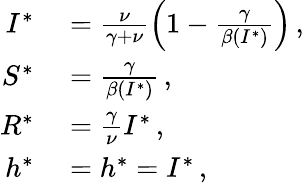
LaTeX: \begin{array}{rl}{I^{*}}&{{}=\frac{\nu}{\gamma+\nu}\left(1-\frac{\gamma}{\beta(I^{*})}\right)\, ,}\\ {S^{*}}&{{}=\frac{\gamma}{\beta(I^{*})}\, ,}\\ {R^{*}}&{{}=\frac{\gamma}{\nu}I^{*}\, ,}\\ {h^{*}}&{{}=h^{*}=I^{*}\, ,}\end{array}